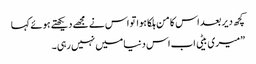
کچھ دیر بعد اس کا من ہلکا ہوا تو اس نے مجھے دیکھتے ہوئے کہا
”میری بیٹی اب اس دنیا میں نہیں رہی۔